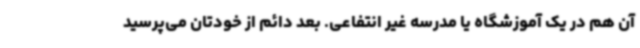
آن هم در یک آموزشگاه یا مدرسه غیر انتفاعی. بعد دائم از خودتان می‌پرسید